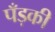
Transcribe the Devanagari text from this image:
पँड़की